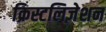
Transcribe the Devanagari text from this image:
क्रिस्टलिज़ेशन